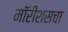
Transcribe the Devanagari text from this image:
मॉरीशसचा